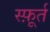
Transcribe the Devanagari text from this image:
स्फ़ूर्त